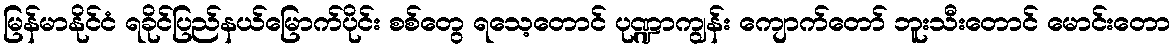
မြန်မာနိုင်ငံ ရခိုင်ပြည်နယ်မြောက်ပိုင်း စစ်တွေ ရသေ့တောင် ပုဏ္ဍာကျွန်း ကျောက်တော် ဘူးသီးတောင် မောင်းတော